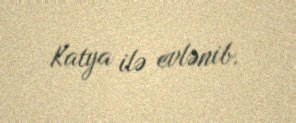
Katya ilə evlənib.